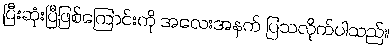
ပြီးဆုံးပြီဖြစ်ကြောင်းကို အလေးအနက် ပြသလိုက်ပါသည်။